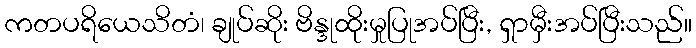
ကတပရိယေသိတံ၊ ချုပ်ဆိုး ဗိန္ဒုထိုးမှုပြုအပ်ပြီး, ရှာမှီးအပ်ပြီးသည်။